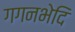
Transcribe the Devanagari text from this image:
गगनभेदि